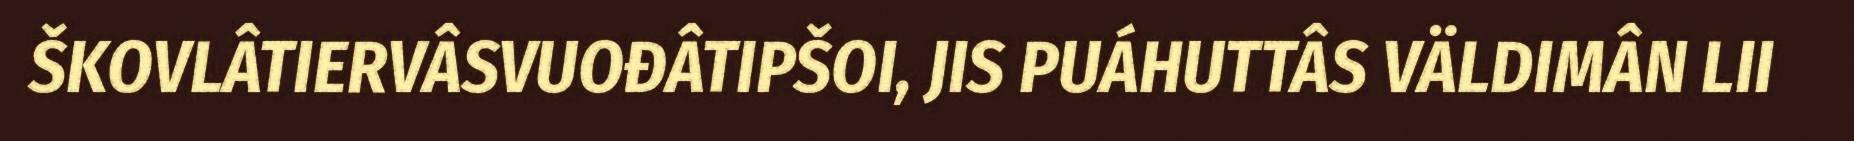
ŠKOVLÂTIERVÂSVUOĐÂTIPŠOI, JIS PUÁHUTTÂS VÄLDIMÂN LII